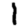
Digit: 1